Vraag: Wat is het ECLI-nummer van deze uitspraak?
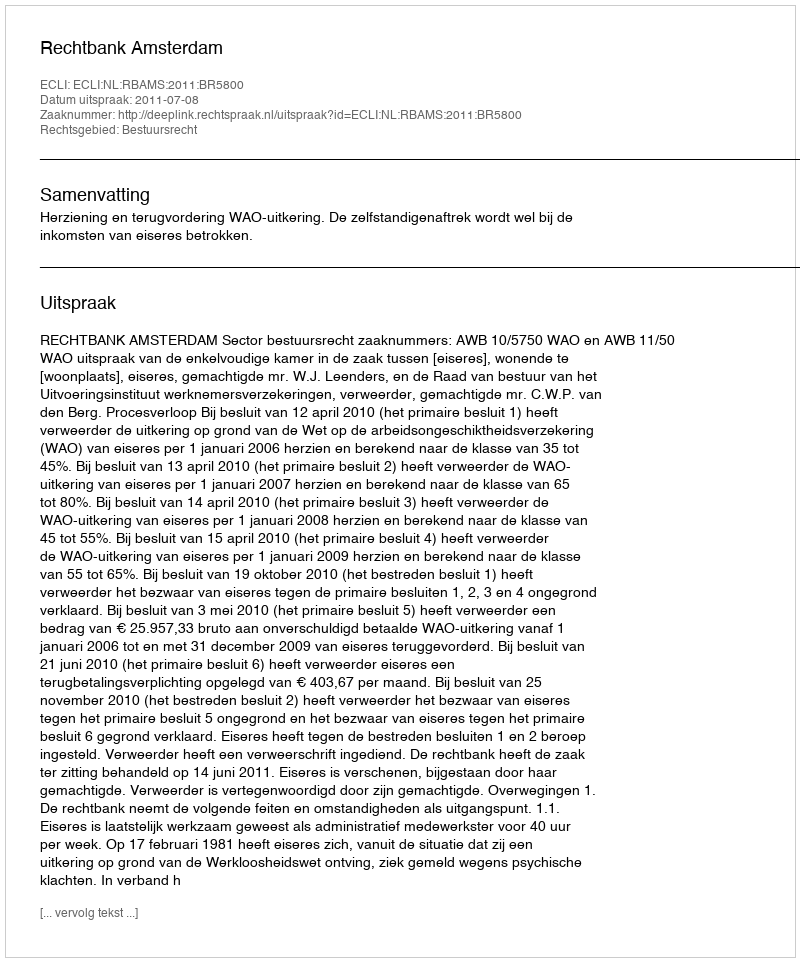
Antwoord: ECLI:NL:RBAMS:2011:BR5800